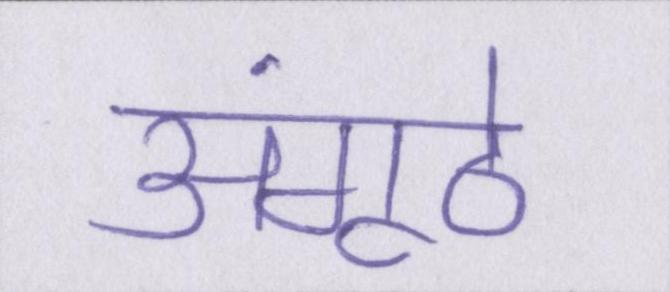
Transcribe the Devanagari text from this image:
अंगूठे